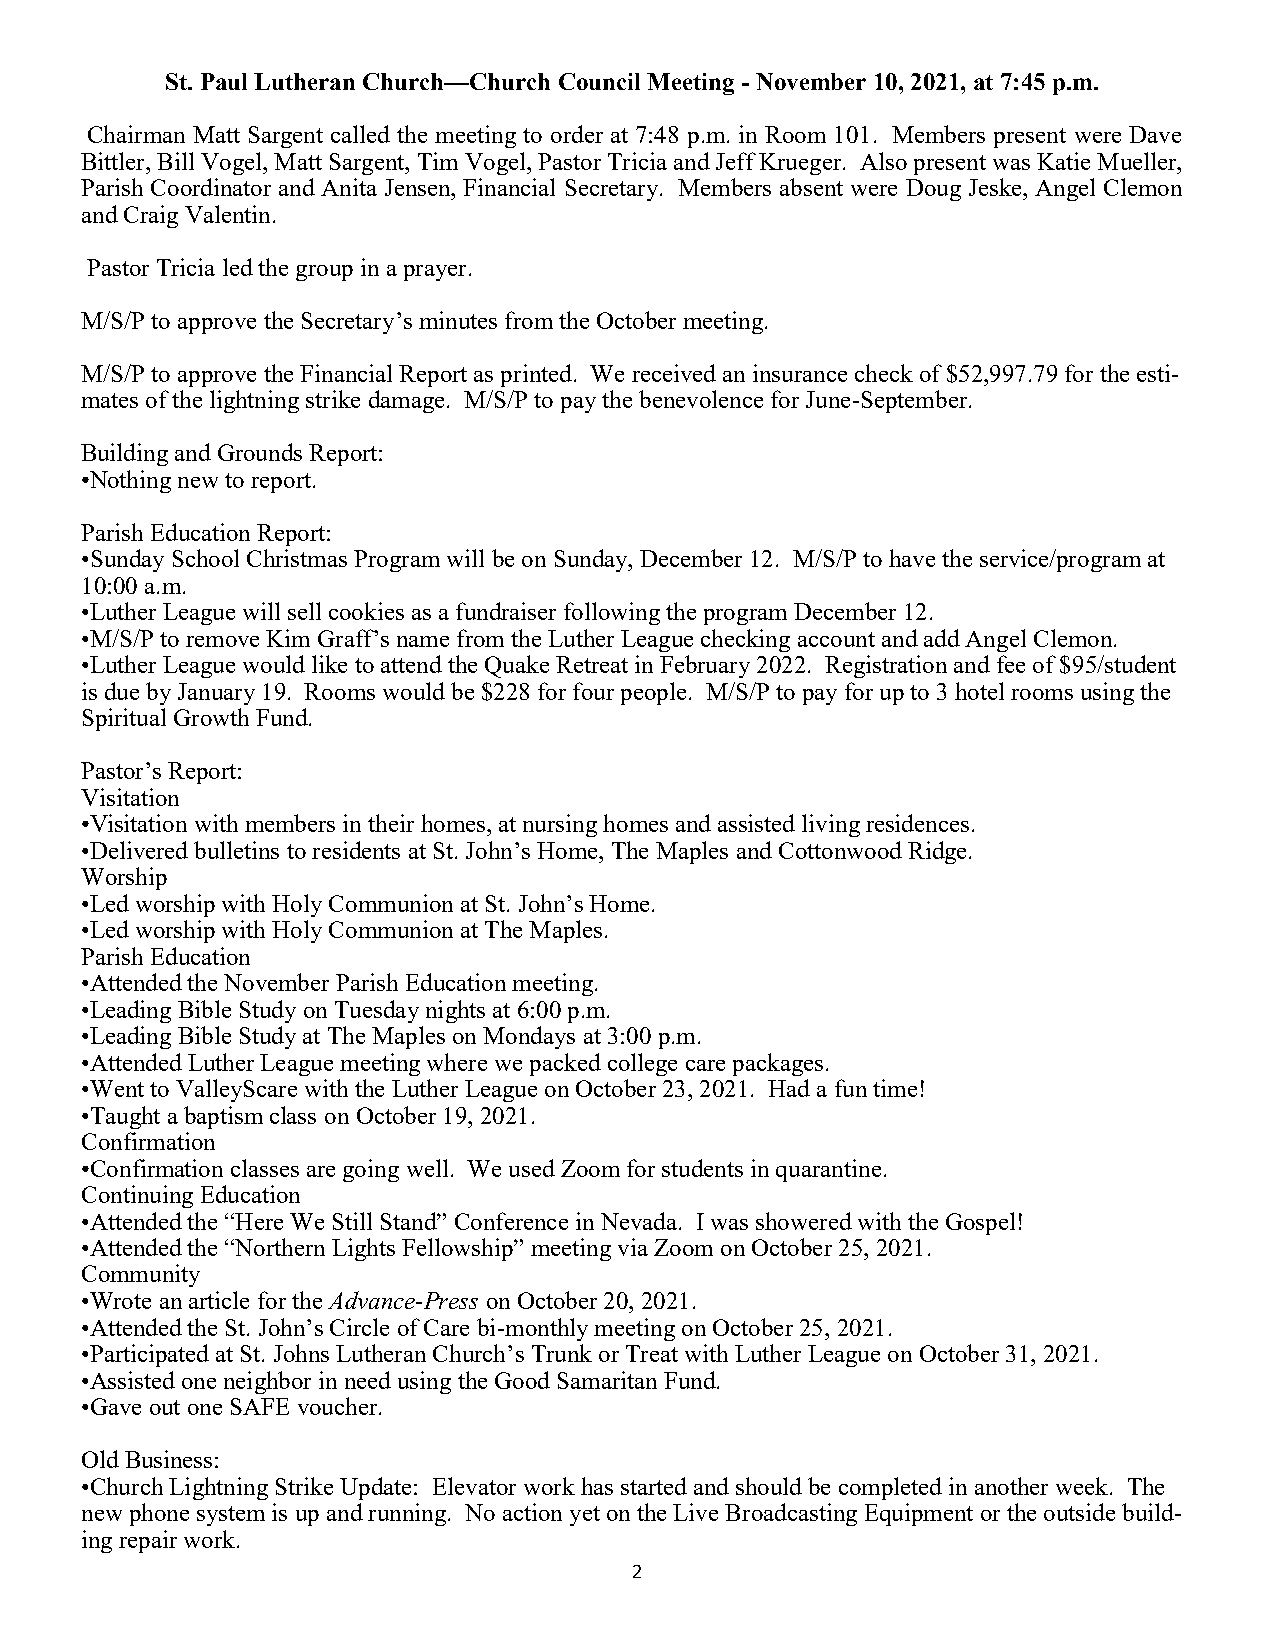
St. Paul Lutheran Church—Church Council Meeting - November 10, 2021, at 7:45 p.m.
 Chairman Matt Sargent called the meeting to order at 7:48 p.m. in Room 101. Members present were Dave
 Bittler, Bill Vogel, Matt Sargent, Tim Vogel, Pastor Tricia and Jeff Krueger. Also present was Katie Mueller,
 Parish Coordinator and Anita Jensen, Financial Secretary. Members absent were Doug Jeske, Angel Clemon
 and Craig Valentin.
 Pastor Tricia led the group in a prayer.
 M/S/P to approve the Secretary’s minutes from the October meeting.
 M/S/P to approve the Financial Report as printed. We received an insurance check of $52,997.79 for the esti-
 mates of the lightning strike damage. M/S/P to pay the benevolence for June-September.
 Building and Grounds Report:
 •Nothing new to report.
 Parish Education Report:
 •Sunday School Christmas Program will be on Sunday, December 12. M/S/P to have the service/program at
 10:00 a.m.
 •Luther League will sell cookies as a fundraiser following the program December 12.
 •M/S/P to remove Kim Graff’s name from the Luther League checking account and add Angel Clemon.
 •Luther League would like to attend the Quake Retreat in February 2022. Registration and fee of $95/student
 is due by January 19. Rooms would be $228 for four people. M/S/P to pay for up to 3 hotel rooms using the
 Spiritual Growth Fund.
 Pastor’s Report:
 Visitation
 •Visitation with members in their homes, at nursing homes and assisted living residences.
 •Delivered bulletins to residents at St. John’s Home, The Maples and Cottonwood Ridge.
 Worship
 •Led worship with Holy Communion at St. John’s Home.
 •Led worship with Holy Communion at The Maples.
 Parish Education
 •Attended the November Parish Education meeting.
 •Leading Bible Study on Tuesday nights at 6:00 p.m.
 •Leading Bible Study at The Maples on Mondays at 3:00 p.m.
 •Attended Luther League meeting where we packed college care packages.
 •Went to ValleyScare with the Luther League on October 23, 2021. Had a fun time!
 •Taught a baptism class on October 19, 2021.
 Confirmation
 •Confirmation classes are going well. We used Zoom for students in quarantine.
 Continuing Education
 •Attended the “Here We Still Stand” Conference in Nevada. I was showered with the Gospel!
 •Attended the “Northern Lights Fellowship” meeting via Zoom on October 25, 2021.
 Community
 •Wrote an article for the Advance-Press on October 20, 2021.
 •Attended the St. John’s Circle of Care bi-monthly meeting on October 25, 2021.
 •Participated at St. Johns Lutheran Church’s Trunk or Treat with Luther League on October 31, 2021.
 •Assisted one neighbor in need using the Good Samaritan Fund.
 •Gave out one SAFE voucher.
 Old Business:
 •Church Lightning Strike Update: Elevator work has started and should be completed in another week. The
 new phone system is up and running. No action yet on the Live Broadcasting Equipment or the outside build-
 ing repair work.
 2